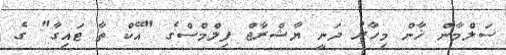
ސަލްމާން ޚާން މިހާރު ދަނީ ޔާޝްރާޖް ފިލްމްސްގެ "އޭކް ތާ ޓައިގާ" ގެ